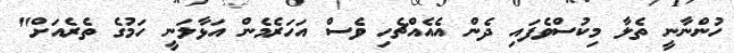
ހުންނާނީ ތެލާ މިކުސްވެފައި ދެން އެއެއްޗެހި ވެސް އަހަރެމެން އަޅާލަނީ ހަމުގެ ތެރެއަށް"